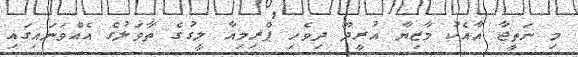
މި ނަތީޖާ އާއެކު މާޒިޔާ އުރީދޫ ދިވެހި ޕްރިމިއާ ލީގުގެ ތާވަލުގެ އެއްވަނައިގައި